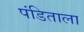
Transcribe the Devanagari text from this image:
पंडिताला